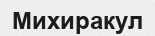
Михиракул